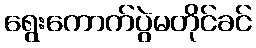
ရွေးကောက်ပွဲမတိုင်ခင်